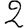
Digit: 2